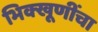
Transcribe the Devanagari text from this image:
भिक्खूणींचा